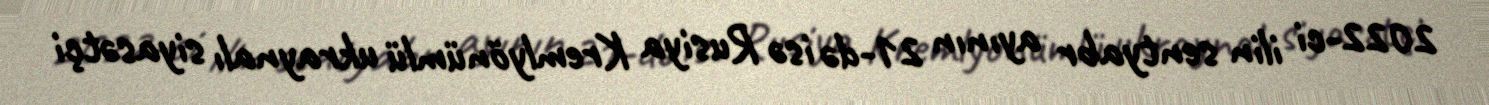
2022-ci ilin sentyabr ayının 21-də isə Rusiya Kremlyönümlü ukraynalı siyasətçi